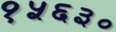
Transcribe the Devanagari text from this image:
१५६३०